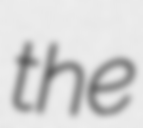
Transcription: the